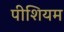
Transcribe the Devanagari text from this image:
पीशियम